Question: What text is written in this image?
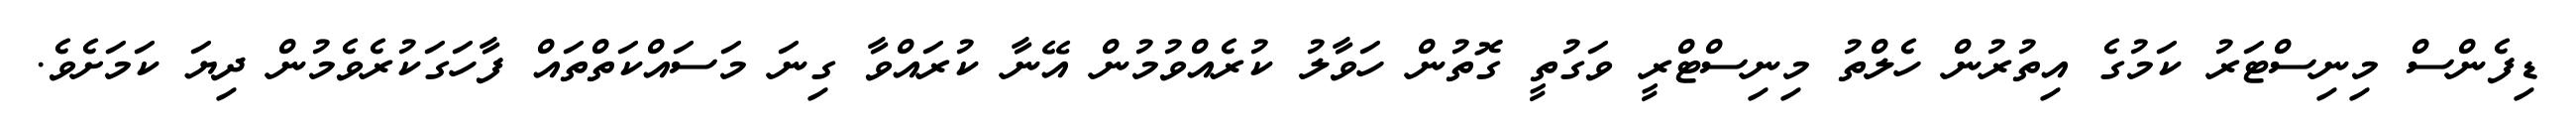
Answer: ޑިފެންސް މިނިސްޓަރު ކަމުގެ އިތުރުން ހެލްތު މިނިސްޓްރީ ވަގުތީ ގޮތުން ހަވާލު ކުރެއްވުމުން އޭނާ ކުރައްވާ ގިނަ މަސައްކަތްތައް ފާހަގަކުރެވެމުން ދިޔަ ކަމަށެވެ.